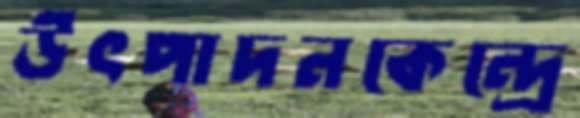
উৎপাদনকেন্দ্রে